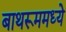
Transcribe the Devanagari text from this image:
बाथरूममध्ये